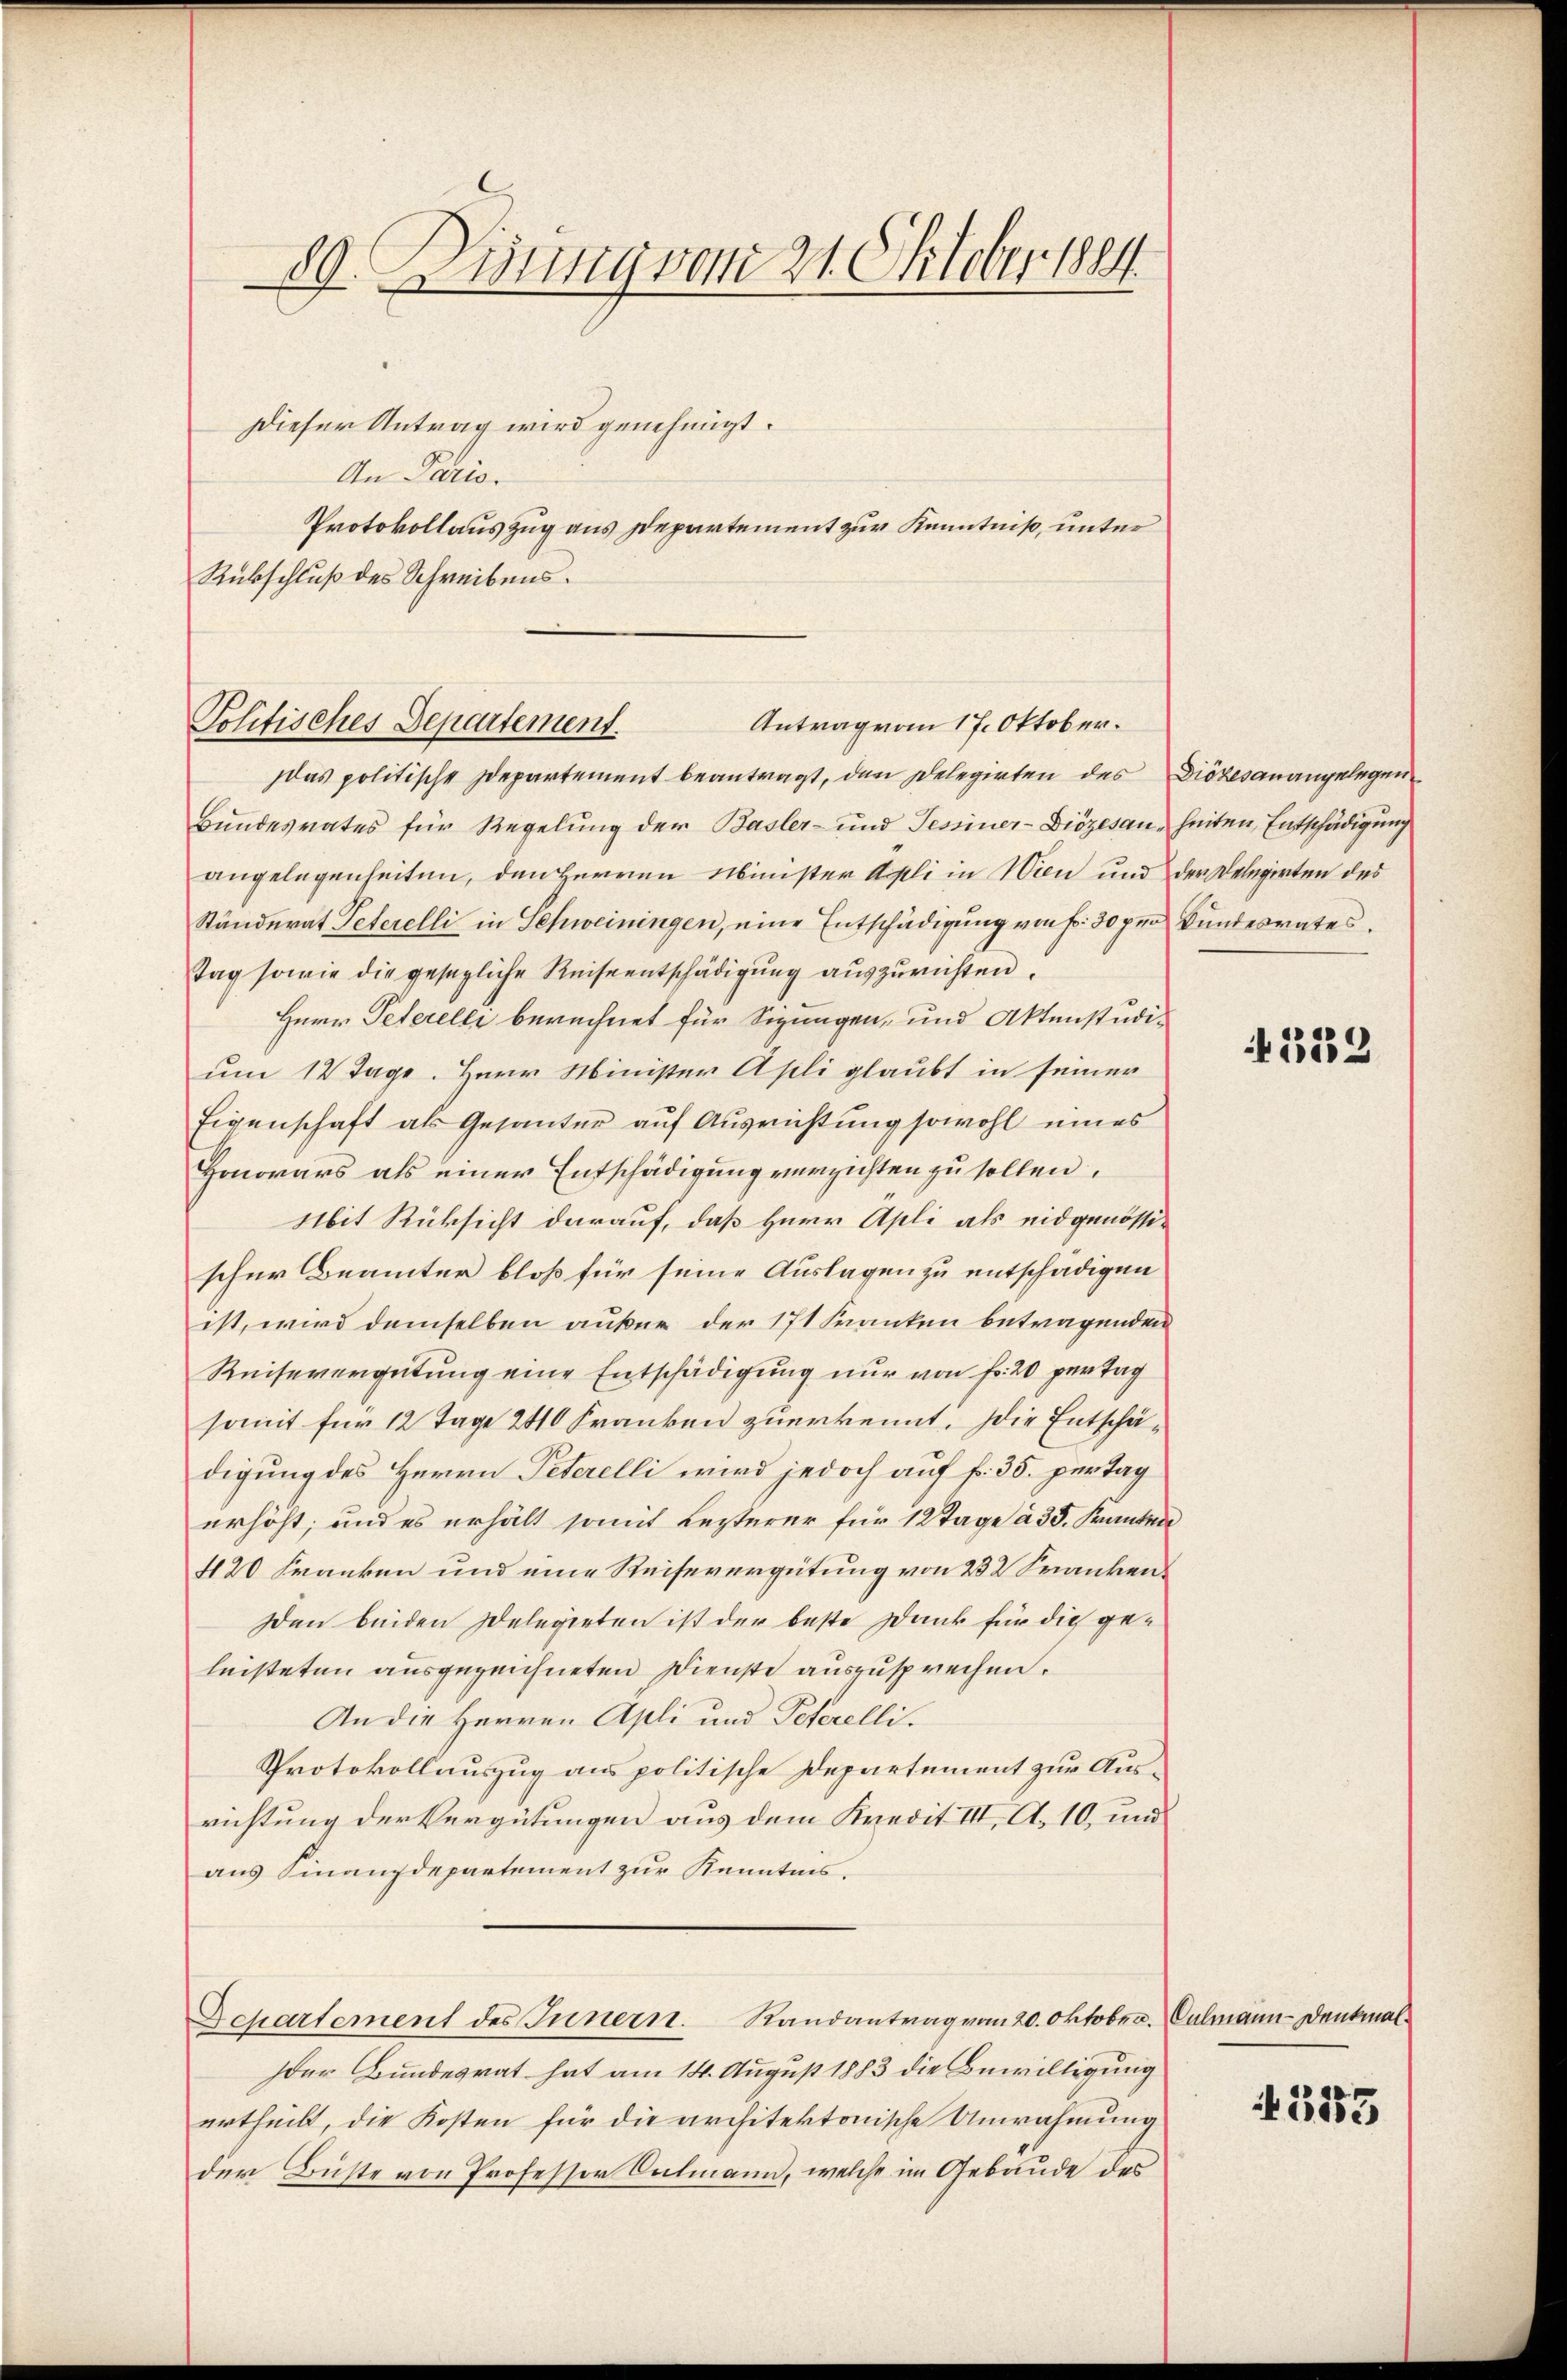
89. Jung vom 21. Oktober 1884

Dieser Antrag wird genehmigt.
An Paris.
Protokollauszug aus Departement zur Kenntniß, unter
Rübschluß des Schreibens¬

Antrag vom 17. Oktober.
Politisches Departement.

das politische Departement beantragt, den Delegirten des Diözesanangelegen
Bundesrates für Regelung der Basler- und Tessiner-Diözesan, heiten, Entschädigung
angelegenheiten, den Herren Minister Apli in Wien und der Delegirten des
Ständerat Peterelli in Schweiningen, eine Entschädigung von fr. 30 per Bundesrates
tag sowie die gesagliche Reiseentschädigung auszurichten.
Herr Peterelli berechnet für Sigungen, und Aktenstudium 12 Tage. Herr Minister Apli glaubt in seiner
Eigenschaft als Gesanter auf Ausrichtung sowohl eines
Honorars als einer Entschädigung verzichten zu sollen.
Mit Rücksicht darauf, daß Herr Apli als eidgenössischer Beamter bloß für seine Auslagen zu entschädigen
ist, wird demselben außer der 171 Kranken betragenden
Reisevergütung eine Entschädigung nur von Fr. 20 pertag
somit für 12 Tage 240 Franken zuerkennt. Die Entschädigung des Herrn Peterelli wird jedoch auf fr. 35. pertag
erhöht; und es erhält somit Lezterer für 12 Tage à 35. Kranten
420 Franken und eine Reisevergütung von 232 Franken¬
Den beiden Delegirten ist der beste Dank für die geleisteten ausgezeichneten Dienste auszusprechen.
An die Herren Apli und Peterelli¬
Protokollauszug aus politische Departement zur Ausrichtung der Vergütungen aus dem Kredit III. A. 10, und
aus Finanzdepartement zur Kenntnis.
Departement des Innern. Randantrag vom 20. Oktober. Culmann - Denkmal
Der Bundesrat hat am 14. August 1883 die Bewilligung
urtheilt, die Kosten für die architektonische Umrahmung
der Büste von Professor Salmann, welche im Gebäude des

552

545